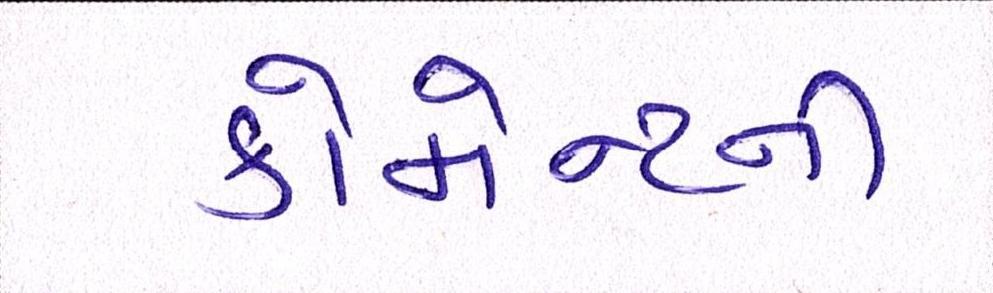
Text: કોમેન્ટની